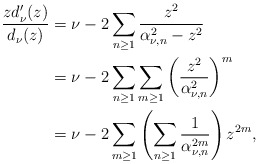
\begin{align*}\frac{zd_{\nu}'(z)}{d_{\nu}(z)}&=\nu-2\sum_{n\geq 1}\frac{z^2}{\alpha_{\nu,n}^2-z^2}\\&=\nu-2\sum_{n\geq 1}\sum_{m\geq1}\left(\frac{z^2}{\alpha_{\nu,n}^2}\right)^m\\&=\nu-2\sum_{m\geq 1}\left(\sum_{n\geq1}\frac{1}{\alpha_{\nu,n}^{2m}}\right)z^{2m},\end{align*}